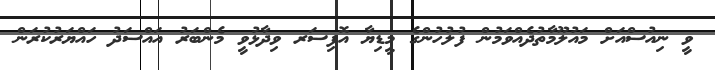
ވީ ނިއުސްއަށް މައުލޫމާތުދެއްވަމުން ފުލުހުންގެ މީޑިޔާ އޮފިސަރ ވިދާޅުވީ މެންބަރު އައްސަދު ހައްޔަރުކުރަން